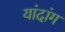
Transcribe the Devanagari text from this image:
यांदांग